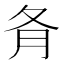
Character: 𡕙